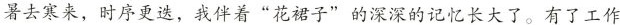
暑去寒来，时序更迭，我伴着”花裙子”的深深的记忆长大了。有了工作